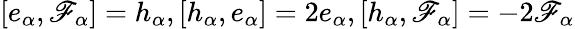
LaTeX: [e_{\alpha},\mathscr{F}_{\alpha}]=h_{\alpha},[h_{\alpha},e_{\alpha}]=2e_{\alpha},[h_{\alpha},\mathscr{F}_{\alpha}]=-2\mathscr{F}_{\alpha}